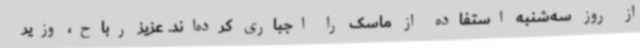
از روز سه‌شنبه استفاده از ماسک را اجباری کرده‌اند. عزیز رباح، وزیر